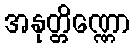
အနုတ္တိဏ္ဏော